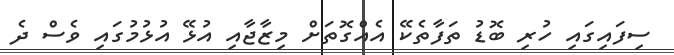
ސިފައިގައި ހުރި ބޮޑު ތަފާތެކޭ އެއްގޮތަށް މިޒާޖާއި އުޅޭ އުޅުމުގައި ވެސް ދެ